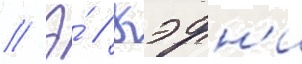
// Э́ // Кэрн'и